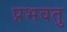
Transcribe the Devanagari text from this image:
प्रभवतु